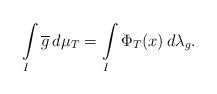
LaTeX: \begin{align*}\int\limits_I\overline{g}\,d\mu_T = \int\limits_I \Phi_T(x)\,d\lambda_g.\end{align*}